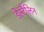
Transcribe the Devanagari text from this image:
डेल्टैलिन